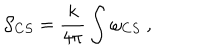
{ \cal S } _ { C S } = \frac { k } { 4 \pi } \int \omega _ { C S } ~ ,